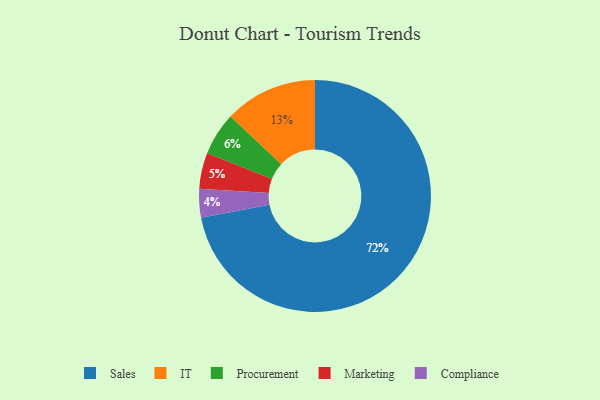
{"axis": {"x": "Category", "y": "Percentage"}, "legend": ["Compliance", "IT", "Marketing", "Procurement", "Sales"], "data": [{"x": "Sales", "y": 72, "type": "Sales"}, {"x": "Marketing", "y": 5, "type": "Marketing"}, {"x": "Procurement", "y": 6, "type": "Procurement"}, {"x": "IT", "y": 13, "type": "IT"}, {"x": "Compliance", "y": 4, "type": "Compliance"}]}